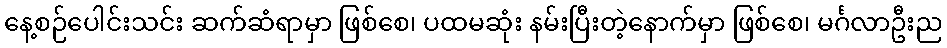
နေ့စဉ်ပေါင်းသင်း ဆက်ဆံရာမှာ ဖြစ်စေ၊ ပထမဆုံး နမ်းပြီးတဲ့နောက်မှာ ဖြစ်စေ၊ မင်္ဂလာဦးည